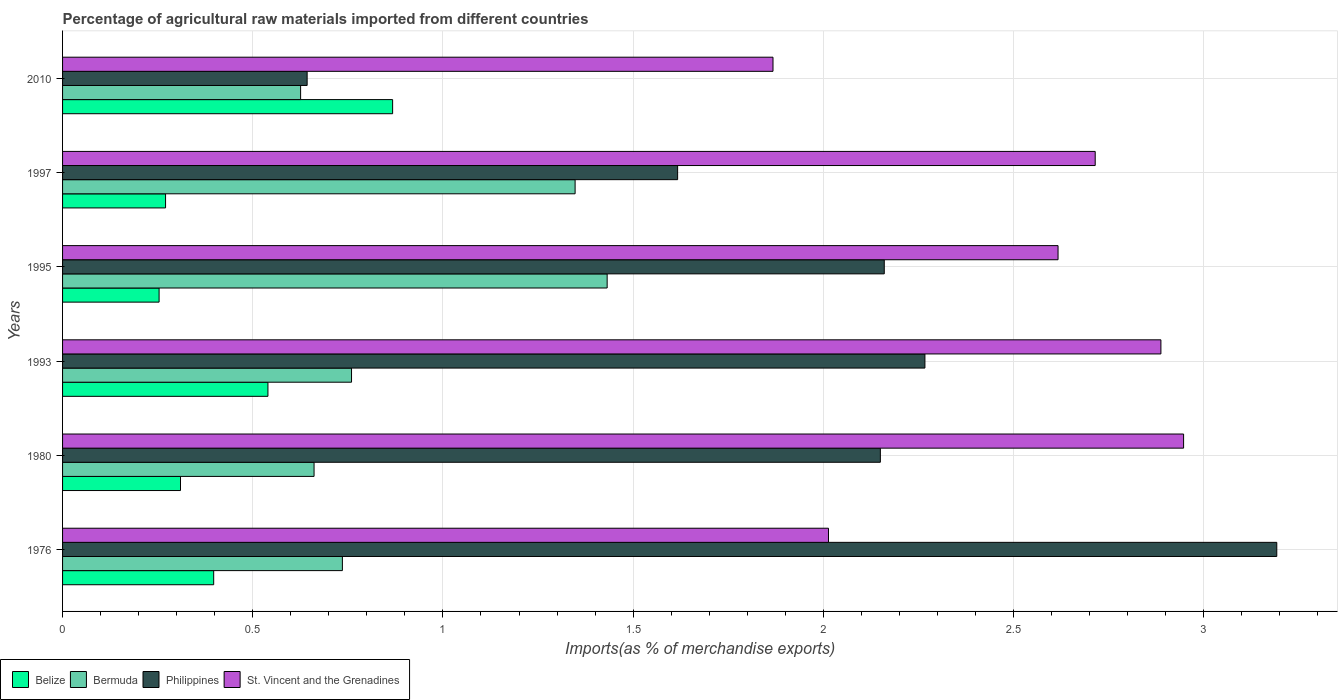
| Years | Belize | Bermuda | Philippines | St. Vincent and the Grenadines |
 | --- | --- | --- | --- | --- |
 | 1976 | 0.397 | 0.736 | 3.19 | 2.01 |
 | 1980 | 0.31 | 0.661 | 2.15 | 2.95 |
 | 1993 | 0.54 | 0.76 | 2.27 | 2.89 |
 | 1995 | 0.254 | 1.43 | 2.16 | 2.62 |
 | 1997 | 0.271 | 1.35 | 1.62 | 2.71 |
 | 2010 | 0.868 | 0.626 | 0.643 | 1.87 |